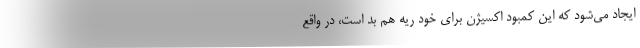
ایجاد می‌شود که این کمبود اکسیژن برای خود ریه هم بد است، در واقع